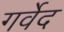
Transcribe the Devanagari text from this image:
गर्वेद